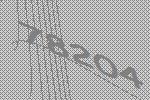
78204